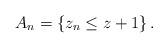
LaTeX: \begin{align*}A_n &= \left\{z_n \le z + 1\right\}.\end{align*}